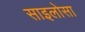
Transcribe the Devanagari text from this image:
साइलोसा